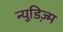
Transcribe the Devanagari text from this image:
न्युडिज़्म